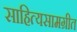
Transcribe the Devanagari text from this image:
साहित्यसामग्रीत